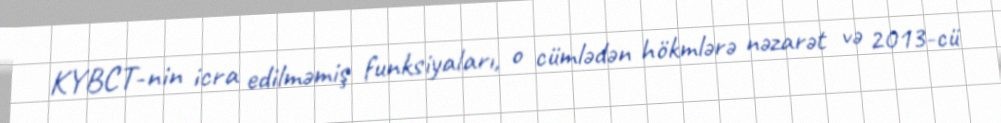
KYBCT-nin icra edilməmiş funksiyaları, o cümlədən hökmlərə nəzarət və 2013-cü